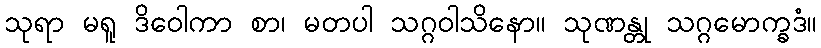
သုရာ မရူ ဒိဝေါကာ စာ၊ မတပါ သဂ္ဂဝါသိနော။ သုဏန္တု သဂ္ဂမောက္ခဒံ။